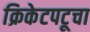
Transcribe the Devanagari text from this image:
क्रिकेटपटूचा